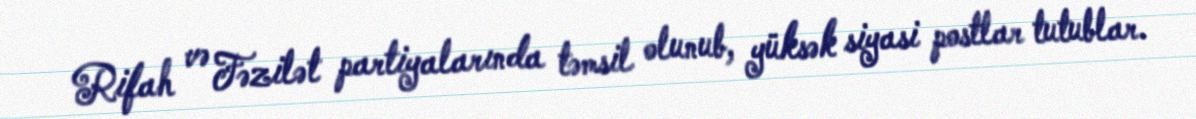
Rifah və Fəzilət partiyalarında təmsil olunub, yüksək siyasi postlar tutublar.